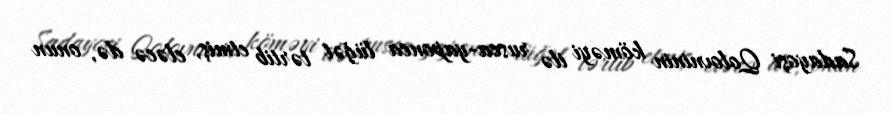
Sadayoşi Qolovninin köməyi ilə rusca-yaponca lüğət tərtib etmiş, eləcə də, onun